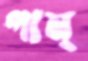
পাম্